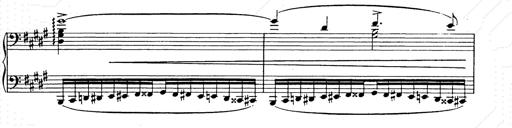
Title: Ballade No.2
Composer: Jan Skrzydlewski
Key: B minor